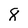
Character: 8